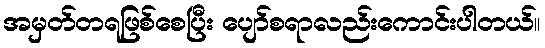
အမှတ်တရဖြစ်စေပြီး ပျော်စရာလည်းကောင်းပါတယ်။